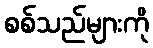
စစ်သည်များကို